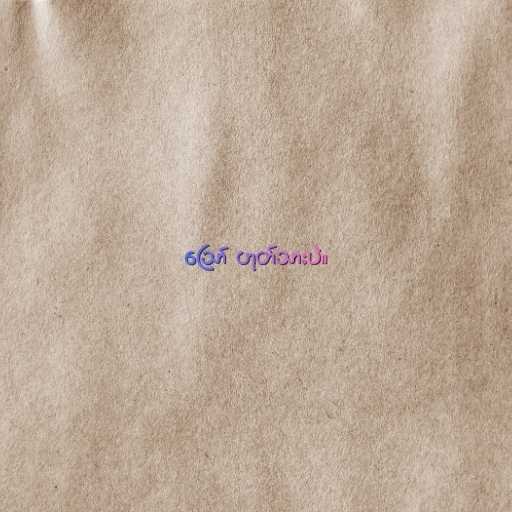
ဪ ဟုတ်သားပဲ။